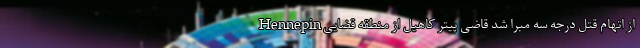
از اتهام قتل درجه سه مبرا شد قاضی پیتر کاهیل از منطقه قضایی Hennepin